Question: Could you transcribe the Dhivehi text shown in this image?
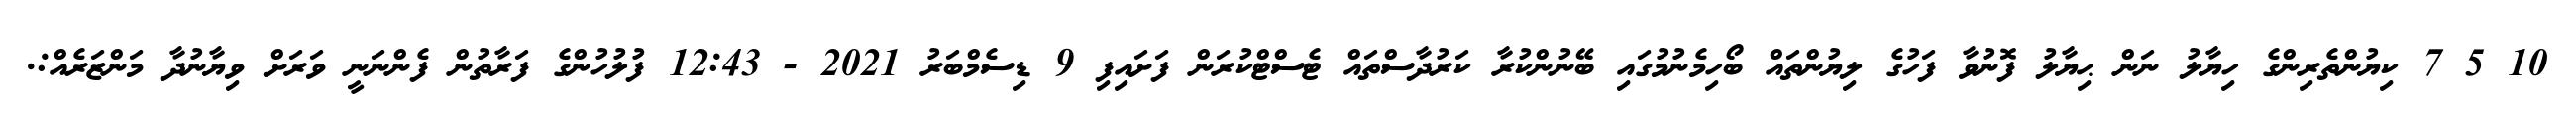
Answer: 10 5 7 ކިޔުންތެރިންގެ ހިޔާލު ނަން ޙިޔާލު ފޮނުވާ ފަހުގެ ލިޔުންތައް ބޯހިމެނުމުގައި ބޭނުންކުރާ ކަރުދާސްތައް ޓެސްޓްކުރަން ފަށައިފި 9 ޑިސެމްބަރު 2021 - 12:43 ފުލުހުންގެ ފަރާތުން ފެންނަނީ ވަރަށް ވިޔާނުދާ މަންޒަރެއް:.